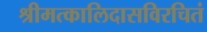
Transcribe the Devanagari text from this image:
श्रीमत्कालिदासविरचितं